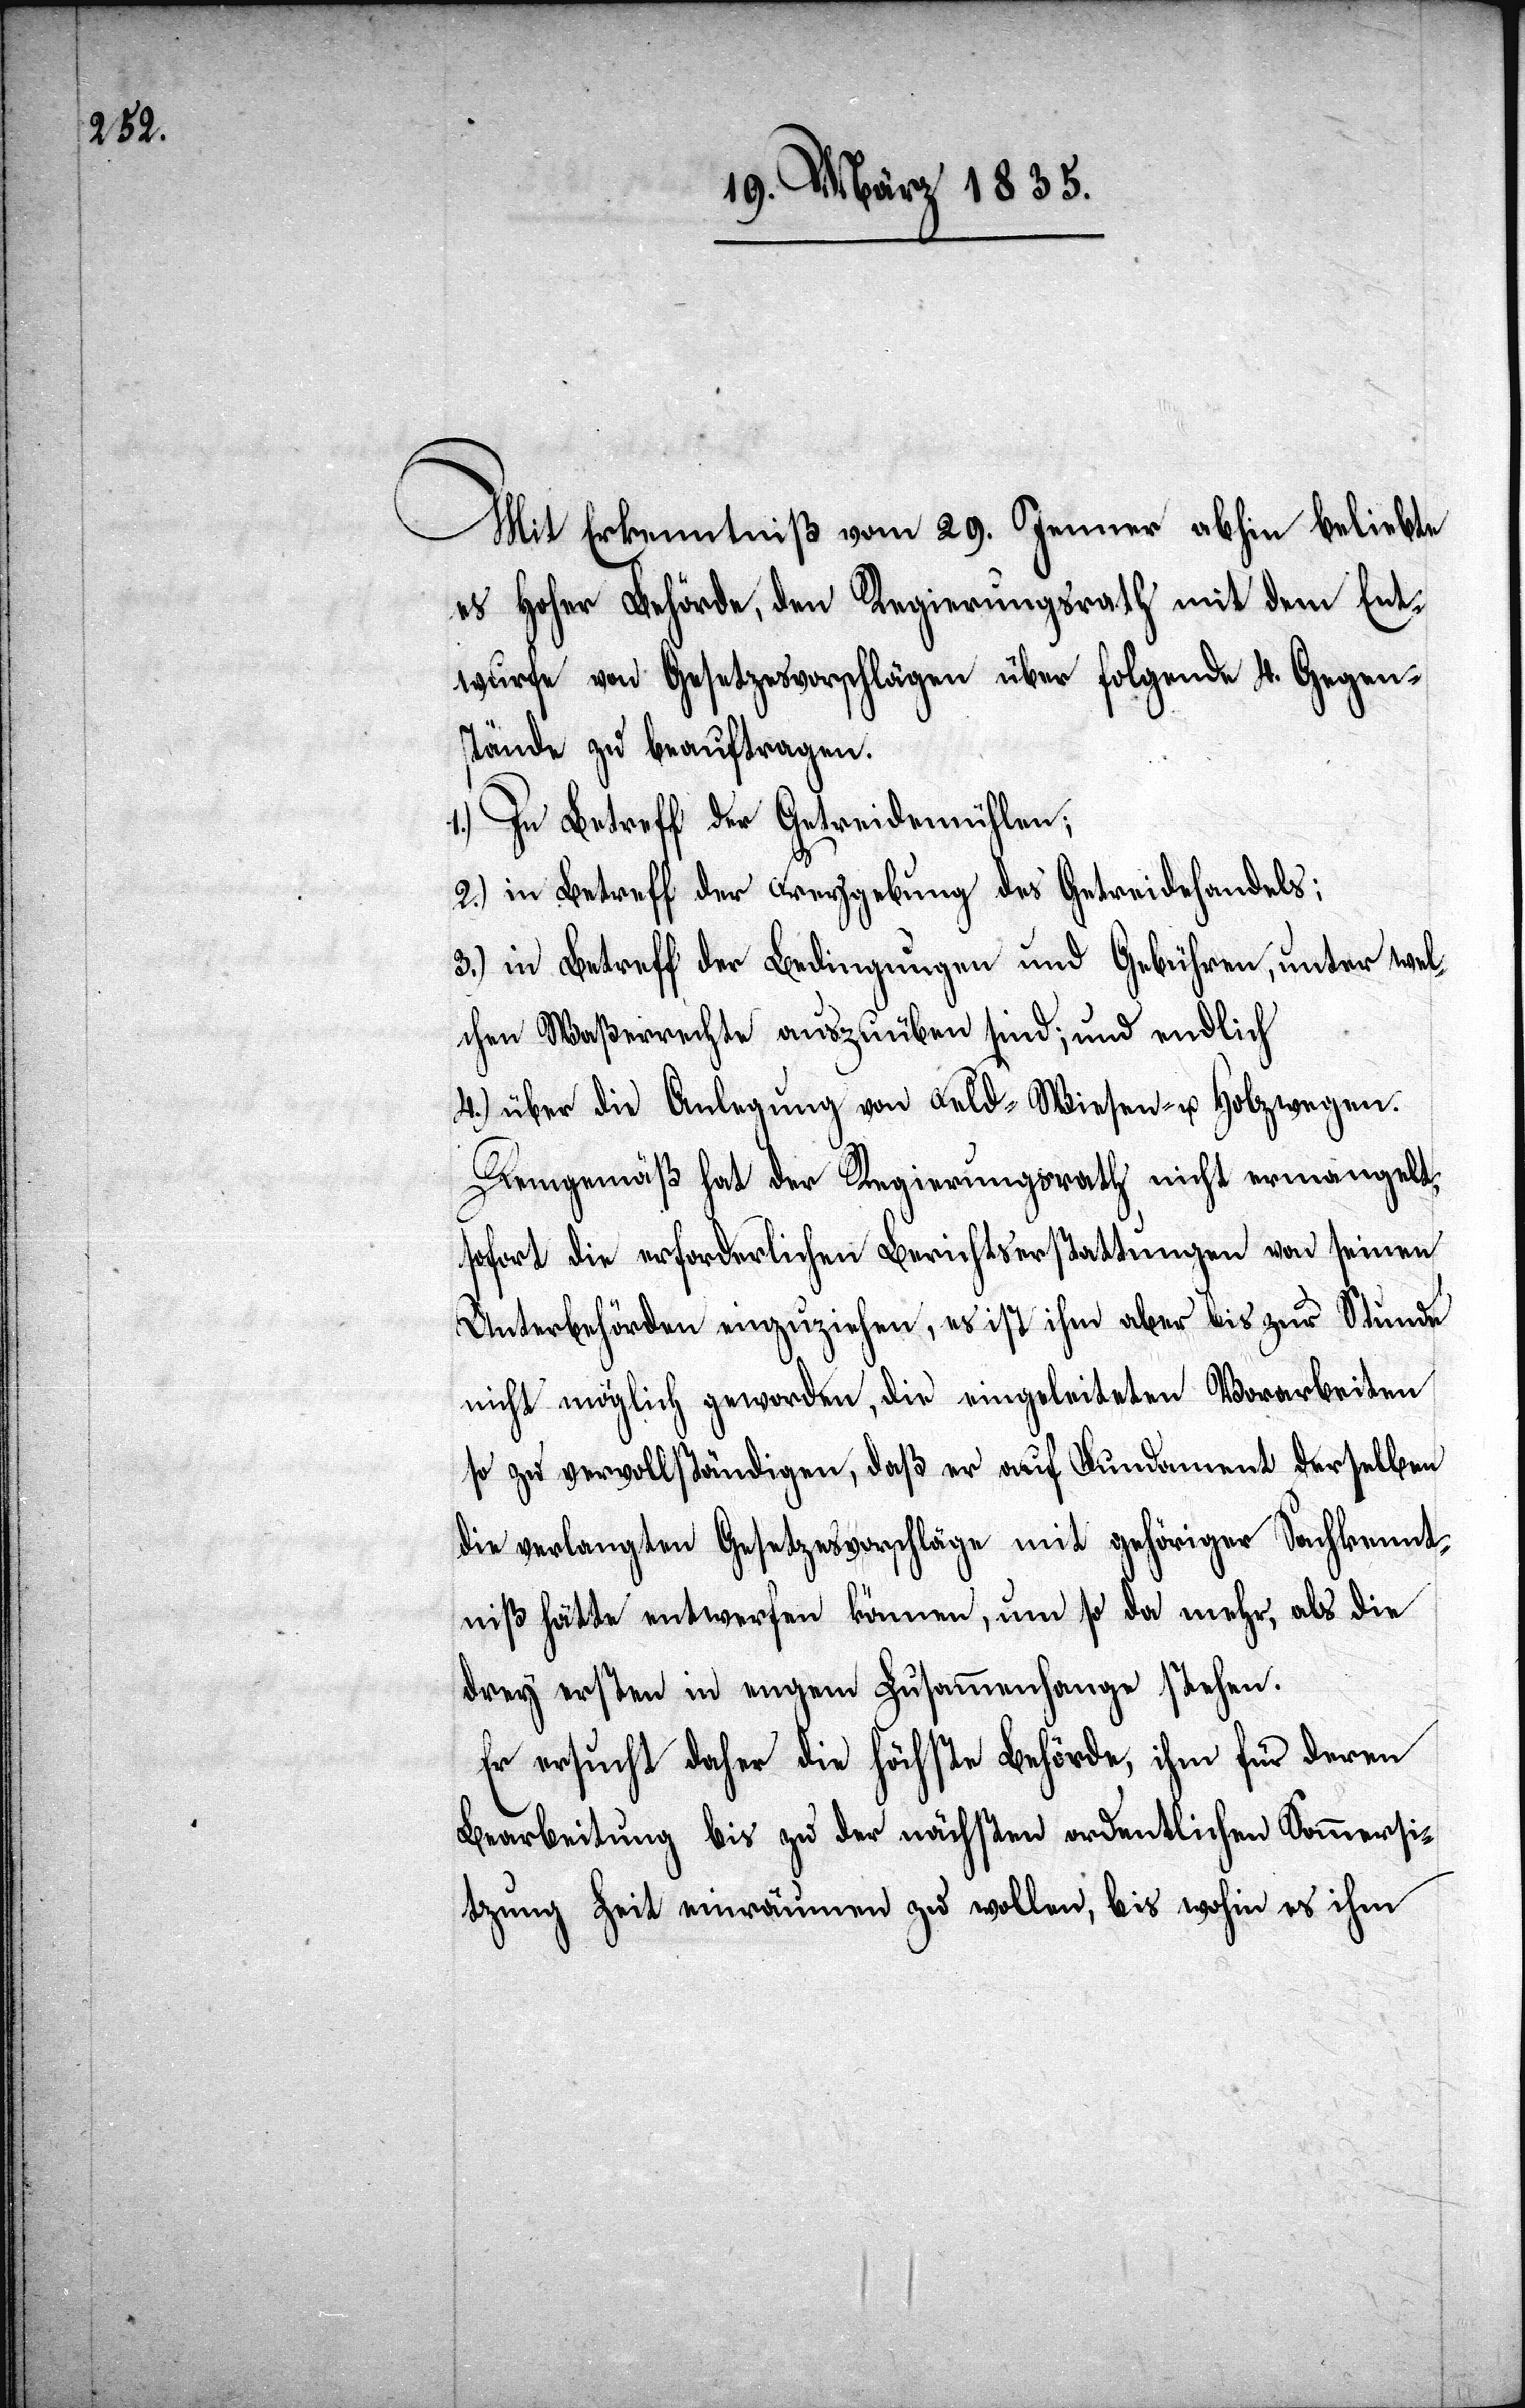
Mit Erkenntnis vom 29. Januar abhin beliebte
es Hoher Behörde, den Regierungsrath mit dem Ent¬
wurfe von Gesetzesvorschlägen über folgende 4. Gegen¬
stände zu beauftragen.
1.) In Betreff der Getreidemühlen;
2.) in Betreff der Freygebung des Getreidehandels;
3.) in Betreff der Bedingungen und Gebühren, unter wel¬
chen Waßerrechte auszuüben sind; und endlich
4.) über die Anlegung von Feld-[,] Wiesen- u. Holzwegen.
Demgemäß hat der Regierungsrath nicht ermangelt,
sofort die erforderlichen Berichtserstattungen von seinen
Unterbehörden einzuziehen, es ist ihm aber bis zur Stunde
nicht möglich geworden, die eingeleiteten Vorarbeiten
so zu vervollständigen, daß er auf Fundament derselben
die verlangten Gesetzesvorschläge mit gehöriger Sachkennt¬
niß hätte entwerfen können, um so da mehr, als die
drey ersten in engem Zusammenhange stehen.
Es ersucht daher die höchste Behörde, ihm für deren
Bearbeitung bis zu der nächsten Sommersitzung Zeit